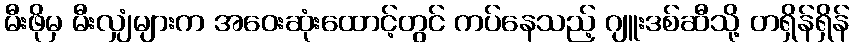
မီးဖိုမှ မီးလျှံများက အဝေးဆုံးထောင့်တွင် ကပ်နေသည့် ဂျူးဒစ်ဆီသို့ တရှိန်ရှိန်